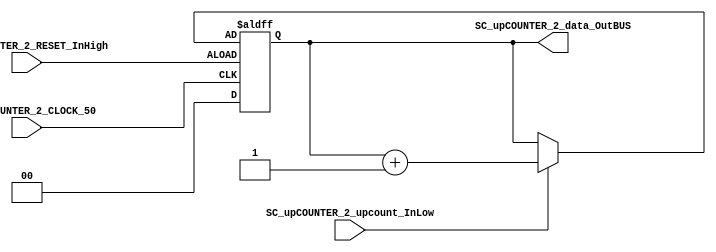
module SC_upCOUNTER_2 #( parameter upconunter_tam = 6)(
	//////////// OUTPUTS //////////
	SC_upCOUNTER_2_data_OutBUS,
	//////////// INPUTS //////////
	SC_upCOUNTER_2_CLOCK_50,
	SC_upCOUNTER_2_RESET_InHigh,
	SC_upCOUNTER_2_upcount_InLow
);

output		[1:0]	SC_upCOUNTER_2_data_OutBUS;
input		SC_upCOUNTER_2_CLOCK_50;
input		SC_upCOUNTER_2_RESET_InHigh;
input		SC_upCOUNTER_2_upcount_InLow;	

reg [1:0] upCOUNTER_Register;
reg [1:0] upCOUNTER_Signal;

always @(*)
begin
	if (SC_upCOUNTER_2_upcount_InLow == 1'b1)
		upCOUNTER_Signal = upCOUNTER_Register + 1'b1;
	else
		upCOUNTER_Signal = upCOUNTER_Register;
	end	
//STATE REGISTER: SEQUENTIAL
always @(posedge SC_upCOUNTER_2_CLOCK_50, posedge SC_upCOUNTER_2_RESET_InHigh)
begin
	if (SC_upCOUNTER_2_RESET_InHigh == 1'b0)
		upCOUNTER_Register <= 0;
	else
		upCOUNTER_Register <= upCOUNTER_Signal;
end

assign SC_upCOUNTER_2_data_OutBUS = upCOUNTER_Register;

endmodule